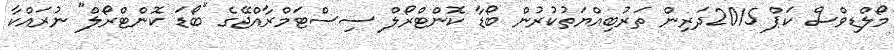
މޯލްޑިވްސް ކަޕް 2015ދަރިން ތަރުބިއްޔަތުކުރުން ބޯޑާ ކޮންޓްރޯލް ސިސްޓަމްރާއްޖޭގެ "ބޯޑަ ކޮންޓްރޯލް" ނުރައްކާ